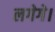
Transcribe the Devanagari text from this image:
लगेगे।